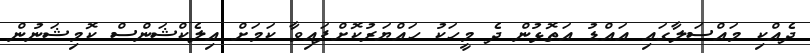
ދެއްކި މައްސަލާގައި އައްޑު އަތޮޅުން ދެ މީހަކު ހައްޔަރުކޮށްފައިވާ ކަމަށް އިލެކްޝަންސް ކޮމިޝަނުން